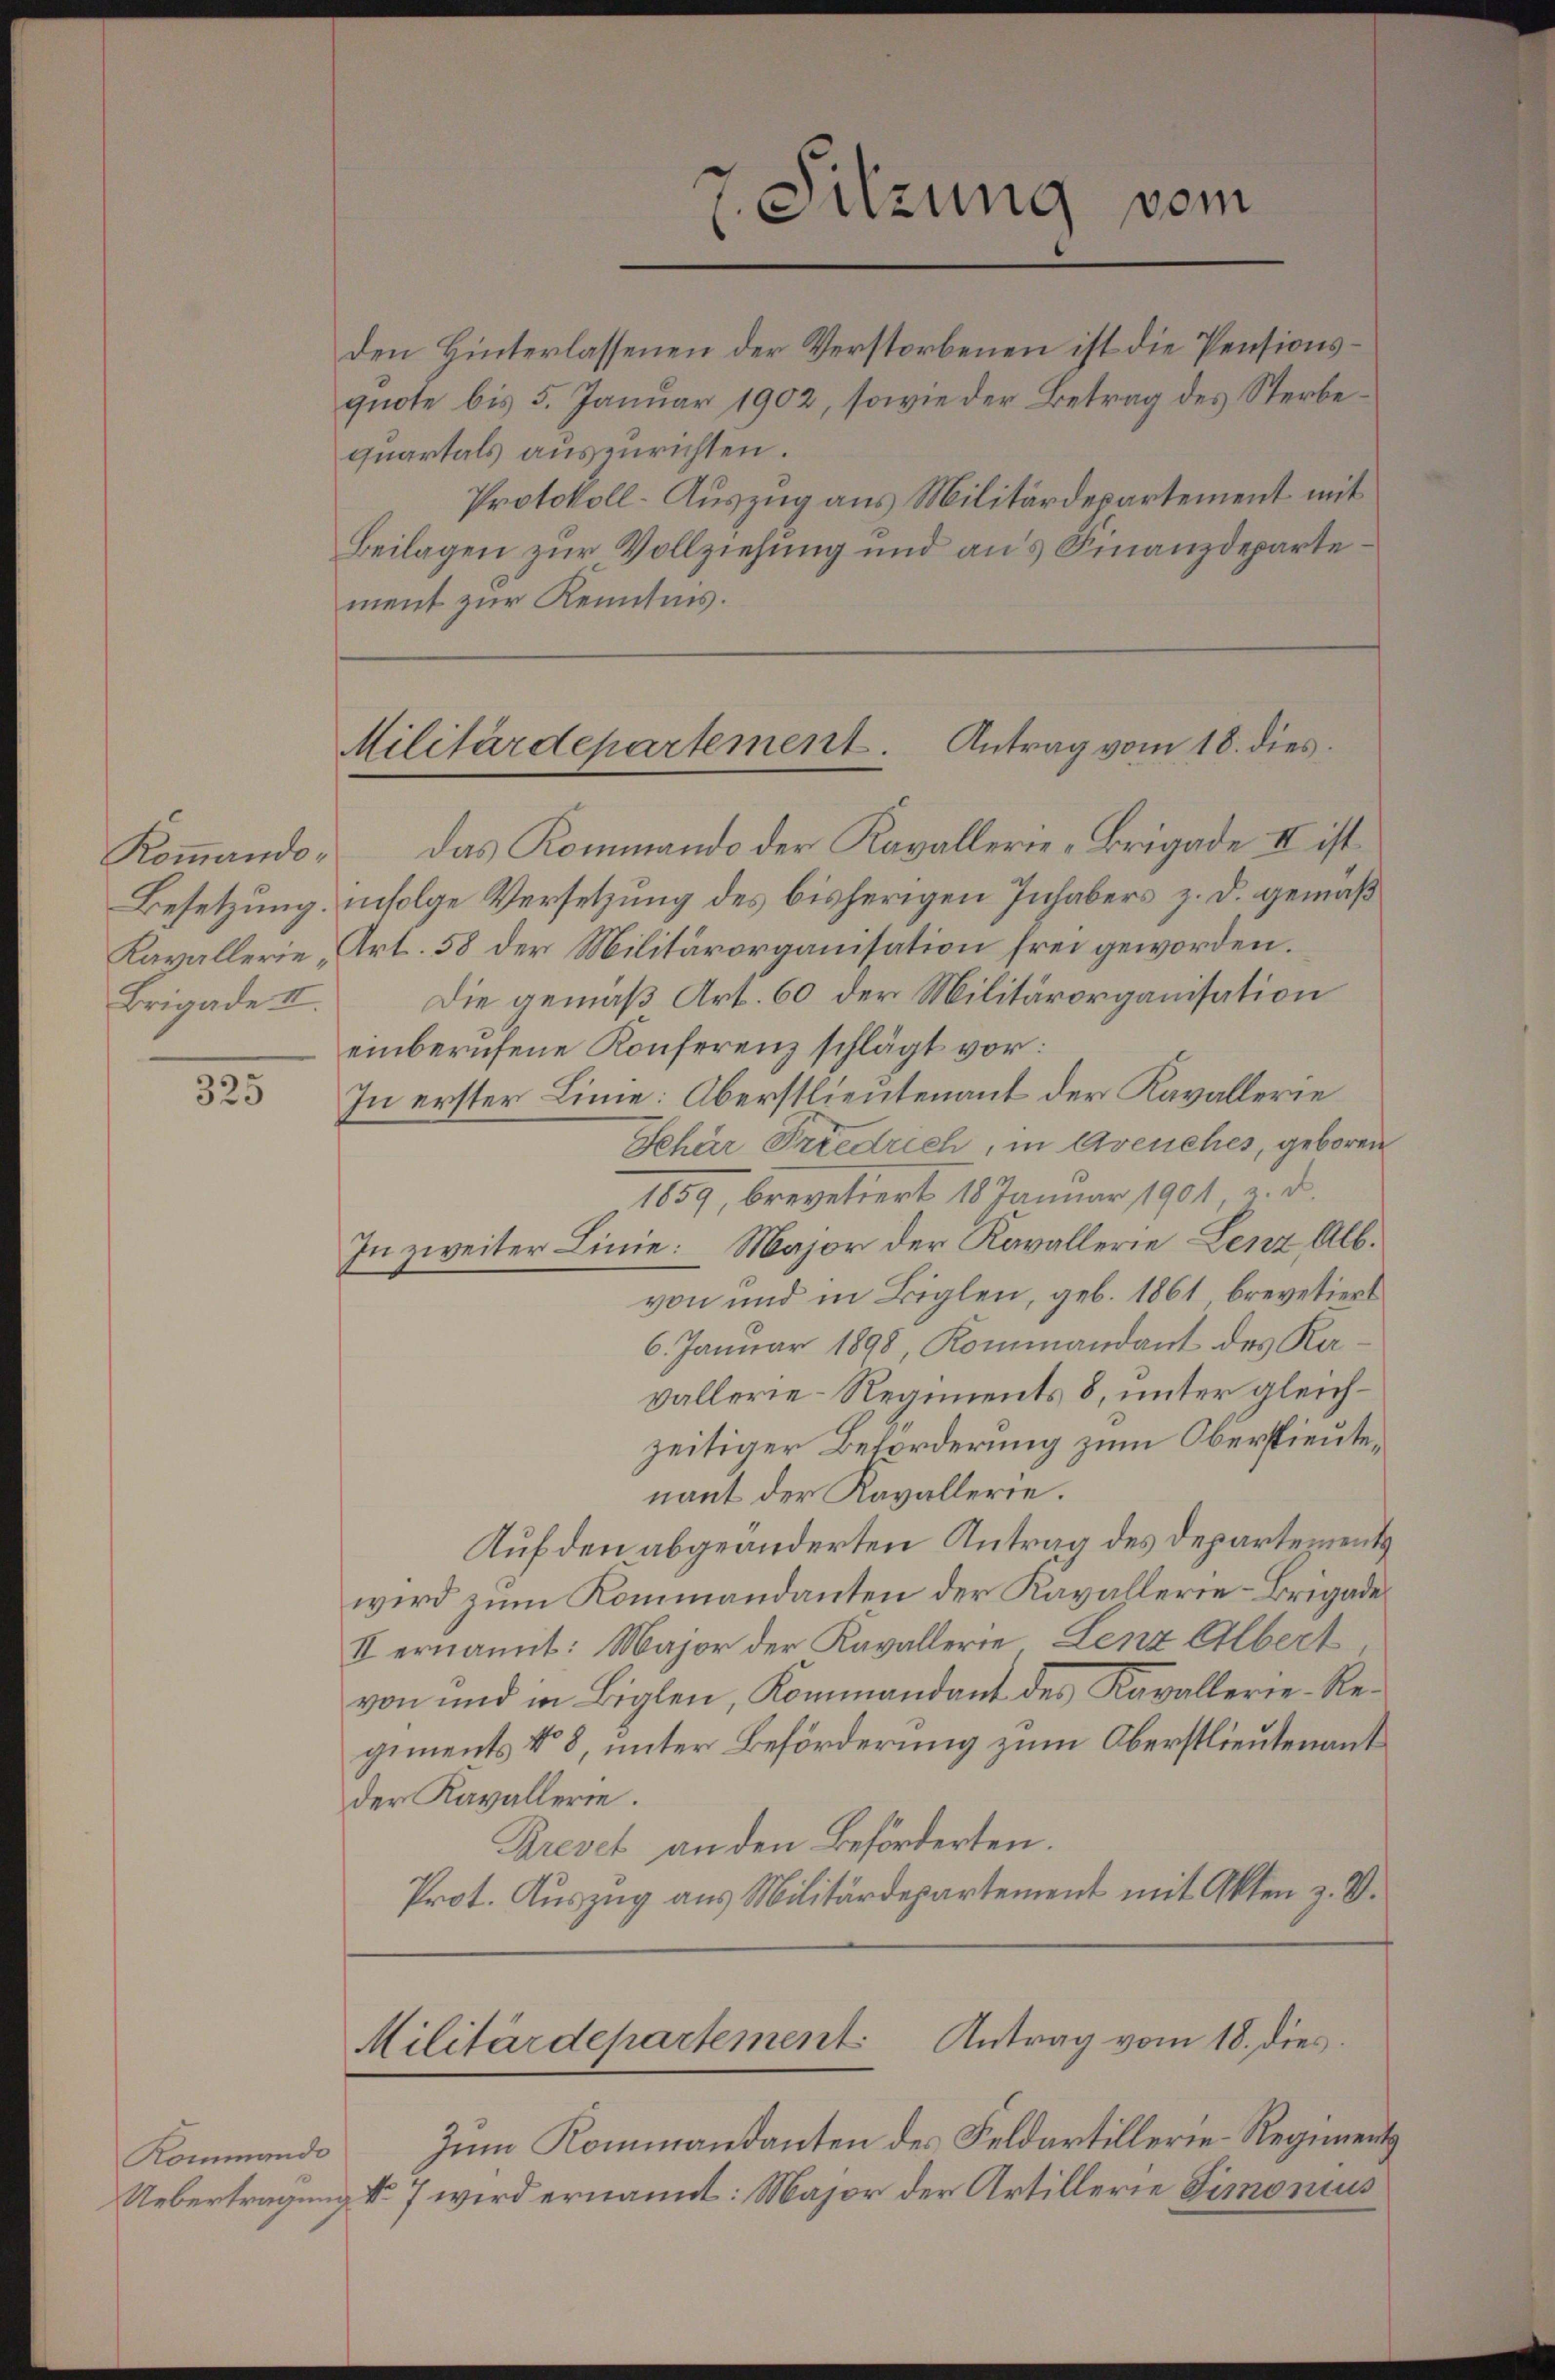
Kommando-
Brigade II.

325

den Hinterlassenen der Verstorbenen ist die Pensionsquote bis 5. Januar 1902, sowie der Betrag des Sterbequartals auszurichten.
Protokoll-Auszug aus Militärdepartement mit
Beilagen zur Vollziehung und aus Finanzdepartement zur Kenntnis.

Militärdepartement. Antrag vom 18. dies

das Kommando der Kavallerie-Brigade II ist
Besetzung, infolge Versetzung des bisherigen Inhabers z. d. gemäß
Kavallerie, Art. 58 der Militärorganisation frei geworden.
Die gemäß Art. 60 der Militärorganisation
einberufene Konferenz schlägt vor:
In erster Linie: Oberstlieutenant der Kavallerie
Sehär Friedrich, in Avenches, geboren
1859, brevetiert 18 Januar 1901 u. d.
In zweiter Linie: Major der Kavallerie Lenz Alb.
von und in Biglen, geb. 1861 brevetiert
6. Januar 1898, Kommandant des Ravallerie-Regiments 8, unter gleichzeitiger Beforderung zum Oberstieutenant der Kavallerie.
Auf den abgeänderten Antrag des Departements
wird zum Kommandanten der Kavallerie-Brigade
II ernannt: Major der Kavallerie Lenz Albert
von und in Biglen, Kommandant des Kavallerie-Regiments No 8, unter Beförderung zum Oberstlieutenant
der Kavallerie.
Krevet an den Beförderten.
Prot. Auszug aus Militärdepartement mit Akten z. B.
Militärdepartement Antrag vom 18. dies
Kommando zum Kommandanten des Feldartillerie-Regiments
Uebertragung Nr. 7 wird ernannt: Major der Artillerie Simonius

7. Sitzung vom